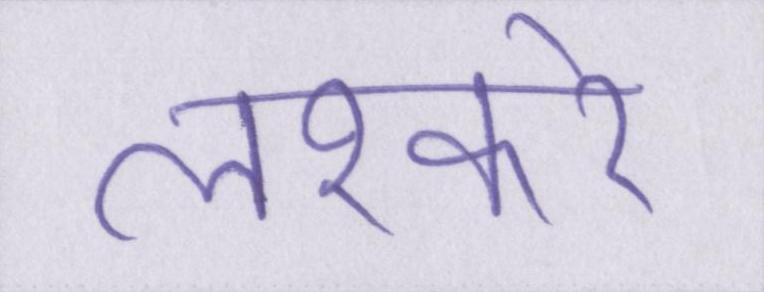
लश्करे